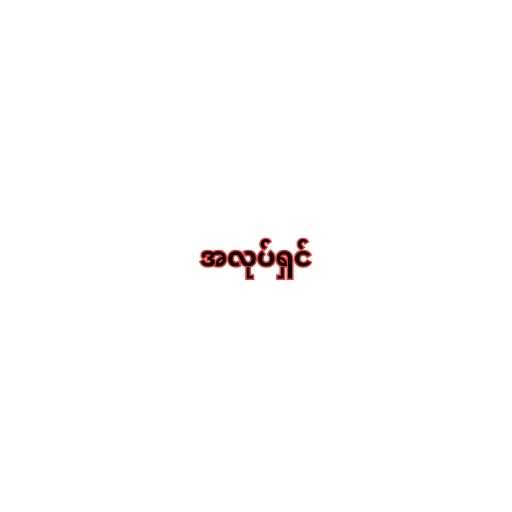
အလုပ်ရှင်